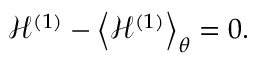
\mathcal { H } ^ { ( 1 ) } - \left< { \mathcal { H } ^ { ( 1 ) } } \right> _ { \theta } = 0 .